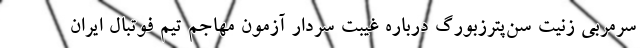
سرمربی زنیت سن‌پترزبورگ درباره غیبت سردار آزمون مهاجم تیم فوتبال ایران